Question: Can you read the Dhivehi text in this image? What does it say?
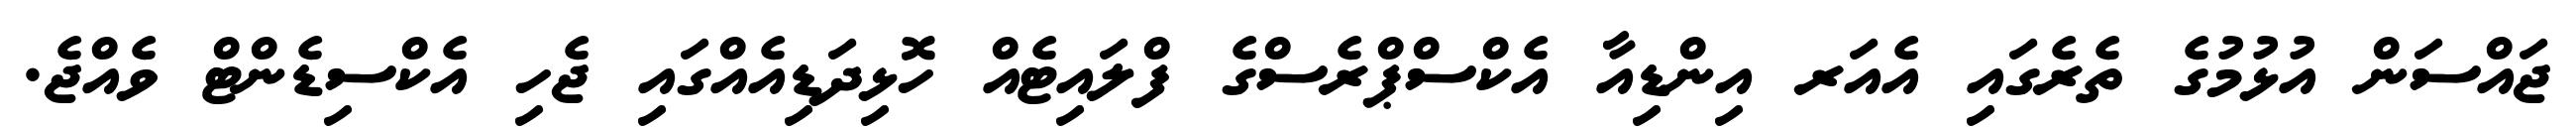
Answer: ޖައްސަން އުޅުމުގެ ތެރެގައި އެއަރ އިންޑިއާ އެކްސްޕްރެސްގެ ފްލައިޓެއް ހޮޅިދަޑިއެއްގައި ޖެހި އެކްސިޑެންޓް ވެއްޖެ.